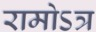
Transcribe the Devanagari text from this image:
रामोऽत्र